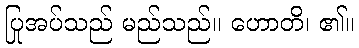
ပြုအပ်သည် မည်သည်။ ဟောတိ၊ ၏။